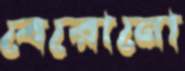
বেরোনো